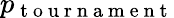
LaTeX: p_{\mathrm{~t~o~u~r~n~a~m~e~n~t~}}